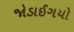
જોડાઈગયો